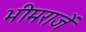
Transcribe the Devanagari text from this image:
भीमराजें